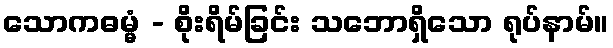
သောကဓမ္မံ - စိုးရိမ်ခြင်း သဘောရှိသော ရုပ်နာမ်။